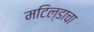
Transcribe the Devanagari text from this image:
मटिल्डाचा